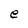
Character: e